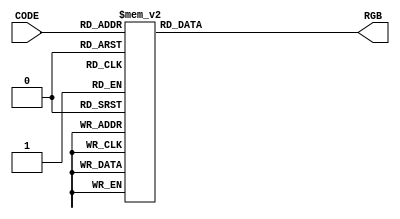
// The code essentially acts as a lookup table, where given a specific CODE
// value, it provides the corresponding RGB value.
module pixel_decoder
(
  input wire [7:0]  CODE,
  output reg [23:0] RGB
);
  always @(*)
  begin
    case (CODE)
      8'h00: RGB = 24'hffebee;
      8'h01: RGB = 24'hffcdd2;
      8'h02: RGB = 24'hef9a9a;
      8'h03: RGB = 24'he57373;
      8'h04: RGB = 24'hef5350;
      8'h05: RGB = 24'hf44336;
      8'h06: RGB = 24'he53935;
      8'h07: RGB = 24'hd32f2f;
      8'h08: RGB = 24'hc62828;
      8'h09: RGB = 24'hb71c1c;
      8'h0a: RGB = 24'hff8a80;
      8'h0b: RGB = 24'hff5252;
      8'h0c: RGB = 24'hff1744;
      8'h0d: RGB = 24'hd50000;
      8'h0e: RGB = 24'hfce4ec;
      8'h0f: RGB = 24'hf8bbd0;
      8'h10: RGB = 24'hf48fb1;
      8'h11: RGB = 24'hf06292;
      8'h12: RGB = 24'hec407a;
      8'h13: RGB = 24'he91e63;
      8'h14: RGB = 24'hd81b60;
      8'h15: RGB = 24'hc2185b;
      8'h16: RGB = 24'had1457;
      8'h17: RGB = 24'h880e4f;
      8'h18: RGB = 24'hff80ab;
      8'h19: RGB = 24'hff4081;
      8'h1a: RGB = 24'hf50057;
      8'h1b: RGB = 24'hc51162;
      8'h1c: RGB = 24'hf3e5f5;
      8'h1d: RGB = 24'he1bee7;
      8'h1e: RGB = 24'hce93d8;
      8'h1f: RGB = 24'hba68c8;
      8'h20: RGB = 24'hab47bc;
      8'h21: RGB = 24'h9c27b0;
      8'h22: RGB = 24'h8e24aa;
      8'h23: RGB = 24'h7b1fa2;
      8'h24: RGB = 24'h6a1b9a;
      8'h25: RGB = 24'h4a148c;
      8'h26: RGB = 24'hea80fc;
      8'h27: RGB = 24'he040fb;
      8'h28: RGB = 24'hd500f9;
      8'h29: RGB = 24'haa00ff;
      8'h2a: RGB = 24'hede7f6;
      8'h2b: RGB = 24'hd1c4e9;
      8'h2c: RGB = 24'hb39ddb;
      8'h2d: RGB = 24'h9575cd;
      8'h2e: RGB = 24'h7e57c2;
      8'h2f: RGB = 24'h673ab7;
      8'h30: RGB = 24'h5e35b1;
      8'h31: RGB = 24'h512da8;
      8'h32: RGB = 24'h4527a0;
      8'h33: RGB = 24'h311b92;
      8'h34: RGB = 24'hb388ff;
      8'h35: RGB = 24'h7c4dff;
      8'h36: RGB = 24'h651fff;
      8'h37: RGB = 24'h6200ea;
      8'h38: RGB = 24'he8eaf6;
      8'h39: RGB = 24'hc5cae9;
      8'h3a: RGB = 24'h9fa8da;
      8'h3b: RGB = 24'h7986cb;
      8'h3c: RGB = 24'h5c6bc0;
      8'h3d: RGB = 24'h3f51b5;
      8'h3e: RGB = 24'h3949ab;
      8'h3f: RGB = 24'h303f9f;
      8'h40: RGB = 24'h283593;
      8'h41: RGB = 24'h1a237e;
      8'h42: RGB = 24'h8c9eff;
      8'h43: RGB = 24'h536dfe;
      8'h44: RGB = 24'h3d5afe;
      8'h45: RGB = 24'h304ffe;
      8'h46: RGB = 24'he3f2fd;
      8'h47: RGB = 24'hbbdefb;
      8'h48: RGB = 24'h90caf9;
      8'h49: RGB = 24'h64b5f6;
      8'h4a: RGB = 24'h42a5f5;
      8'h4b: RGB = 24'h2196f3;
      8'h4c: RGB = 24'h1e88e5;
      8'h4d: RGB = 24'h1976d2;
      8'h4e: RGB = 24'h1565c0;
      8'h4f: RGB = 24'h0d47a1;
      8'h50: RGB = 24'h82b1ff;
      8'h51: RGB = 24'h448aff;
      8'h52: RGB = 24'h2979ff;
      8'h53: RGB = 24'h2962ff;
      8'h54: RGB = 24'he1f5fe;
      8'h55: RGB = 24'hb3e5fc;
      8'h56: RGB = 24'h81d4fa;
      8'h57: RGB = 24'h4fc3f7;
      8'h58: RGB = 24'h29b6f6;
      8'h59: RGB = 24'h03a9f4;
      8'h5a: RGB = 24'h039be5;
      8'h5b: RGB = 24'h0288d1;
      8'h5c: RGB = 24'h0277bd;
      8'h5d: RGB = 24'h01579b;
      8'h5e: RGB = 24'h80d8ff;
      8'h5f: RGB = 24'h40c4ff;
      8'h60: RGB = 24'h00b0ff;
      8'h61: RGB = 24'h0091ea;
      8'h62: RGB = 24'he0f7fa;
      8'h63: RGB = 24'hb2ebf2;
      8'h64: RGB = 24'h80deea;
      8'h65: RGB = 24'h4dd0e1;
      8'h66: RGB = 24'h26c6da;
      8'h67: RGB = 24'h00bcd4;
      8'h68: RGB = 24'h00acc1;
      8'h69: RGB = 24'h0097a7;
      8'h6a: RGB = 24'h00838f;
      8'h6b: RGB = 24'h006064;
      8'h6c: RGB = 24'h84ffff;
      8'h6d: RGB = 24'h18ffff;
      8'h6e: RGB = 24'h00e5ff;
      8'h6f: RGB = 24'h00b8d4;
      8'h70: RGB = 24'he0f2f1;
      8'h71: RGB = 24'hb2dfdb;
      8'h72: RGB = 24'h80cbc4;
      8'h73: RGB = 24'h4db6ac;
      8'h74: RGB = 24'h26a69a;
      8'h75: RGB = 24'h009688;
      8'h76: RGB = 24'h00897b;
      8'h77: RGB = 24'h00796b;
      8'h78: RGB = 24'h00695c;
      8'h79: RGB = 24'h004d40;
      8'h7a: RGB = 24'ha7ffeb;
      8'h7b: RGB = 24'h64ffda;
      8'h7c: RGB = 24'h1de9b6;
      8'h7d: RGB = 24'h00bfa5;
      8'h7e: RGB = 24'he8f5e9;
      8'h7f: RGB = 24'hc8e6c9;
      8'h80: RGB = 24'ha5d6a7;
      8'h81: RGB = 24'h81c784;
      8'h82: RGB = 24'h66bb6a;
      8'h83: RGB = 24'h4caf50;
      8'h84: RGB = 24'h43a047;
      8'h85: RGB = 24'h388e3c;
      8'h86: RGB = 24'h2e7d32;
      8'h87: RGB = 24'h1b5e20;
      8'h88: RGB = 24'hb9f6ca;
      8'h89: RGB = 24'h69f0ae;
      8'h8a: RGB = 24'h00e676;
      8'h8b: RGB = 24'h00c853;
      8'h8c: RGB = 24'hf1f8e9;
      8'h8d: RGB = 24'hdcedc8;
      8'h8e: RGB = 24'hc5e1a5;
      8'h8f: RGB = 24'haed581;
      8'h90: RGB = 24'h9ccc65;
      8'h91: RGB = 24'h8bc34a;
      8'h92: RGB = 24'h7cb342;
      8'h93: RGB = 24'h689f38;
      8'h94: RGB = 24'h558b2f;
      8'h95: RGB = 24'h33691e;
      8'h96: RGB = 24'hccff90;
      8'h97: RGB = 24'hb2ff59;
      8'h98: RGB = 24'h76ff03;
      8'h99: RGB = 24'h64dd17;
      8'h9a: RGB = 24'hf9fbe7;
      8'h9b: RGB = 24'hf0f4c3;
      8'h9c: RGB = 24'he6ee9c;
      8'h9d: RGB = 24'hdce775;
      8'h9e: RGB = 24'hd4e157;
      8'h9f: RGB = 24'hcddc39;
      8'ha0: RGB = 24'hc0ca33;
      8'ha1: RGB = 24'hafb42b;
      8'ha2: RGB = 24'h9e9d24;
      8'ha3: RGB = 24'h827717;
      8'ha4: RGB = 24'hf4ff81;
      8'ha5: RGB = 24'heeff41;
      8'ha6: RGB = 24'hc6ff00;
      8'ha7: RGB = 24'haeea00;
      8'ha8: RGB = 24'hfffde7;
      8'ha9: RGB = 24'hfff9c4;
      8'haa: RGB = 24'hfff59d;
      8'hab: RGB = 24'hfff176;
      8'hac: RGB = 24'hffee58;
      8'had: RGB = 24'hffeb3b;
      8'hae: RGB = 24'hfdd835;
      8'haf: RGB = 24'hfbc02d;
      8'hb0: RGB = 24'hf9a825;
      8'hb1: RGB = 24'hf57f17;
      8'hb2: RGB = 24'hffff8d;
      8'hb3: RGB = 24'hffff00;
      8'hb4: RGB = 24'hffea00;
      8'hb5: RGB = 24'hffd600;
      8'hb6: RGB = 24'hfff8e1;
      8'hb7: RGB = 24'hffecb3;
      8'hb8: RGB = 24'hffe082;
      8'hb9: RGB = 24'hffd54f;
      8'hba: RGB = 24'hffca28;
      8'hbb: RGB = 24'hffc107;
      8'hbc: RGB = 24'hffb300;
      8'hbd: RGB = 24'hffa000;
      8'hbe: RGB = 24'hff8f00;
      8'hbf: RGB = 24'hff6f00;
      8'hc0: RGB = 24'hffe57f;
      8'hc1: RGB = 24'hffd740;
      8'hc2: RGB = 24'hffc400;
      8'hc3: RGB = 24'hffab00;
      8'hc4: RGB = 24'hfff3e0;
      8'hc5: RGB = 24'hffe0b2;
      8'hc6: RGB = 24'hffcc80;
      8'hc7: RGB = 24'hffb74d;
      8'hc8: RGB = 24'hffa726;
      8'hc9: RGB = 24'hff9800;
      8'hca: RGB = 24'hfb8c00;
      8'hcb: RGB = 24'hf57c00;
      8'hcc: RGB = 24'hef6c00;
      8'hcd: RGB = 24'he65100;
      8'hce: RGB = 24'hffd180;
      8'hcf: RGB = 24'hffab40;
      8'hd0: RGB = 24'hff9100;
      8'hd1: RGB = 24'hff6d00;
      8'hd2: RGB = 24'hfbe9e7;
      8'hd3: RGB = 24'hffccbc;
      8'hd4: RGB = 24'hffab91;
      8'hd5: RGB = 24'hff8a65;
      8'hd6: RGB = 24'hff7043;
      8'hd7: RGB = 24'hff5722;
      8'hd8: RGB = 24'hf4511e;
      8'hd9: RGB = 24'he64a19;
      8'hda: RGB = 24'hd84315;
      8'hdb: RGB = 24'hbf360c;
      8'hdc: RGB = 24'hff9e80;
      8'hdd: RGB = 24'hff6e40;
      8'hde: RGB = 24'hff3d00;
      8'hdf: RGB = 24'hdd2c00;
      8'he0: RGB = 24'hefebe9;
      8'he1: RGB = 24'hd7ccc8;
      8'he2: RGB = 24'hbcaaa4;
      8'he3: RGB = 24'ha1887f;
      8'he4: RGB = 24'h8d6e63;
      8'he5: RGB = 24'h795548;
      8'he6: RGB = 24'h6d4c41;
      8'he7: RGB = 24'h5d4037;
      8'he8: RGB = 24'h4e342e;
      8'he9: RGB = 24'h3e2723;
      8'hea: RGB = 24'hfafafa;
      8'heb: RGB = 24'hf5f5f5;
      8'hec: RGB = 24'heeeeee;
      8'hed: RGB = 24'he0e0e0;
      8'hee: RGB = 24'hbdbdbd;
      8'hef: RGB = 24'h9e9e9e;
      8'hf0: RGB = 24'h757575;
      8'hf1: RGB = 24'h616161;
      8'hf2: RGB = 24'h424242;
      8'hf3: RGB = 24'h212121;
      8'hf4: RGB = 24'heceff1;
      8'hf5: RGB = 24'hcfd8dc;
      8'hf6: RGB = 24'hb0bec5;
      8'hf7: RGB = 24'h90a4ae;
      8'hf8: RGB = 24'h78909c;
      8'hf9: RGB = 24'h607d8b;
      8'hfa: RGB = 24'h546e7a;
      8'hfb: RGB = 24'h455a64;
      8'hfc: RGB = 24'h37474f;
      8'hfd: RGB = 24'h263238;
      8'hfe: RGB = 24'h000000;
      8'hff: RGB = 24'hffffff;
    endcase
  end
endmodule